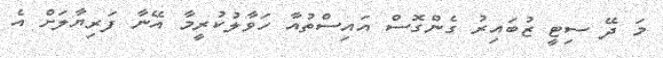
މަ ދޭ ސިޓީ ޒުބައިރު ގެންގޮސް އައިސްތުއާ ހަވާލުކުރީމާ އޭނާ ފަރިޔާލަށް އެ